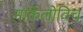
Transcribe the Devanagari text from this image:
मार्केलोविच